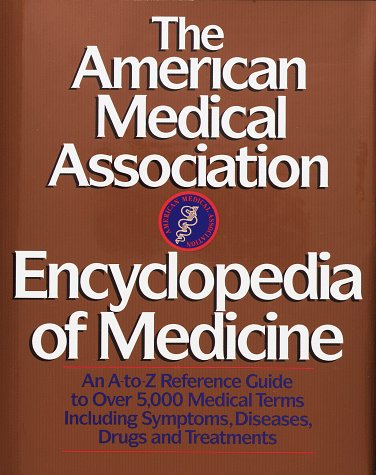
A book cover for The American Medical Association Encyclopedia of Medicine: An A-Z Reference Guide to Over 5,000 Medical Terms Including Symptoms, Diseases, Drugs and Treatments; Health, Fitness & Dieting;